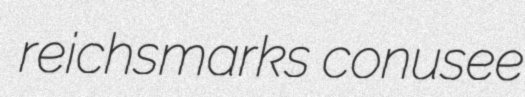
reichsmarks conusee